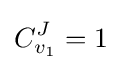
C_{v_{1}}^{J}=1